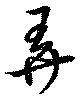
弄